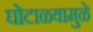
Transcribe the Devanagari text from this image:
घोटाळ्यामुळे